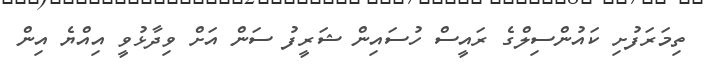
ތިމަރަފުށި ކައުންސިލްގެ ރައީސް ހުސައިން ޝަރީފު ސަަން އަށް ވިދާޅުވީ އިއްޔެ އިން